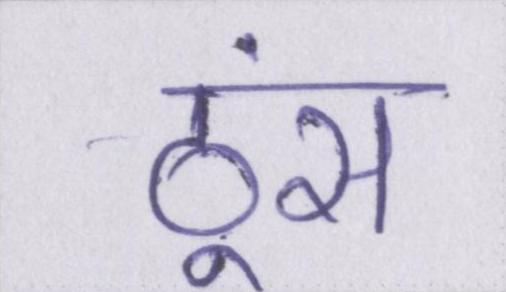
ठूंस